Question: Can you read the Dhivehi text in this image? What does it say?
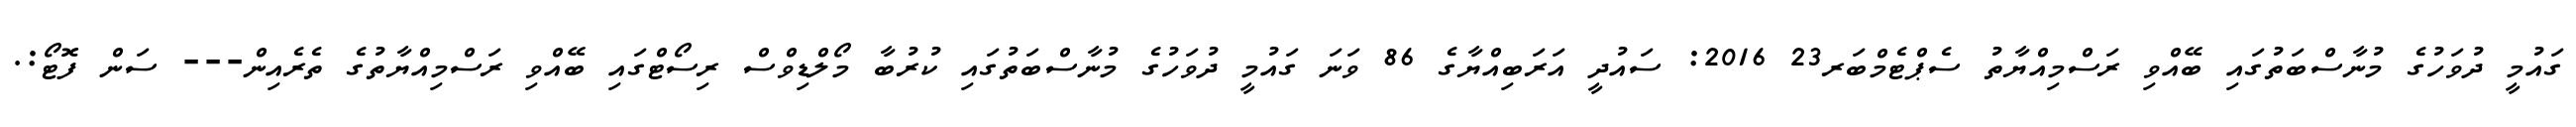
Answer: ގައުމީ ދުވަހުގެ މުނާސްބަތުގައި ބޭއްވި ރަސްމިއްޔާތު ސެޕްޓެމްބަރ23 2016: ސައުދީ އަރަބިއްޔާގެ 86 ވަނަ ގައުމީ ދުވަހުގެ މުނާސްބަތުގައި ކުރުބާ މޯލްޑިވްސް ރިސޯޓްގައި ބޭއްވި ރަސްމިއްޔާތުގެ ތެރެއިން--- ސަން ފޮޓޯ:.